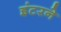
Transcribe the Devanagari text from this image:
इंटरने